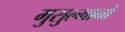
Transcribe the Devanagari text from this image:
मुसुल्मानों